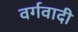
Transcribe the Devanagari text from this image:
वर्गवादी